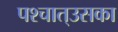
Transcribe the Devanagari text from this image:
पश्‍चात्‌उसका